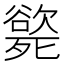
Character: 𣩭